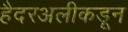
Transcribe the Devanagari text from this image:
हैदरअलीकडून